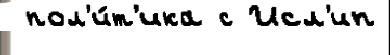
 пол'и́т'ика с Исл'ип